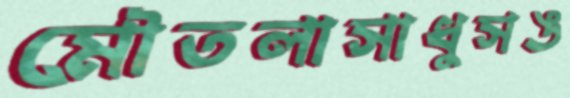
মৌতলাসাধুসঙ